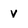
Character: v